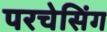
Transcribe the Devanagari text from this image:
परचेसिंग